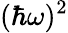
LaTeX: (\hbar\omega)^{2}